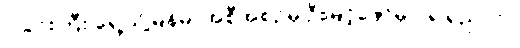
ဝါခင်းကြီး ရှေ့သို့မြန်မာအစီအစဉ်မှ ဦးမြင့်ဇော်မှ ပို၍ရှည်လာ